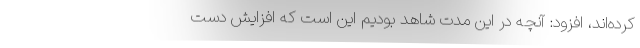
كرده‌اند، افزود: آنچه در اين مدت شاهد بوديم اين است كه افزايش دست